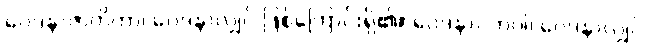
ဝေဒနာဇာတိကာ၊ ဝေဒနာလျှင် ဖြစ်ကြောင်းရှိ၏။ ဝေဒနာပဘဝါ၊ ဝေဒနာလျှင်